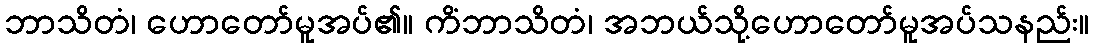
ဘာသိတံ၊ ဟောတော်မူအပ်၏။ ကိံဘာသိတံ၊ အဘယ်သို့ဟောတော်မူအပ်သနည်း။